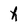
Character: h